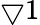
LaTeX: \bigtriangledown 1